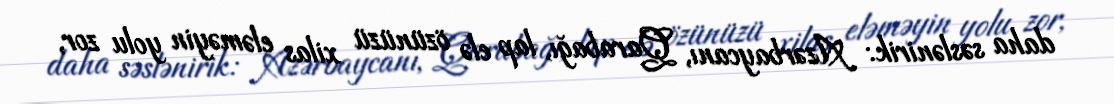
daha səslənirik: Azərbaycanı, Qarabağı, lap elə özünüzü xilas eləməyin yolu zor,